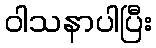
ဝါသနာပါပြီး